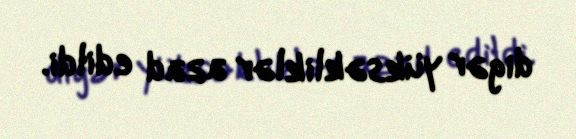
digər yüksəkliklər azad edildi.